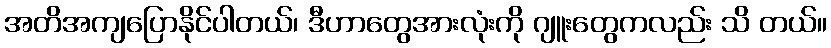
အတိအကျပြောနိုင်ပါတယ်၊ ဒီဟာတွေအားလုံးကို ဂျူးတွေကလည်း သိ တယ်။